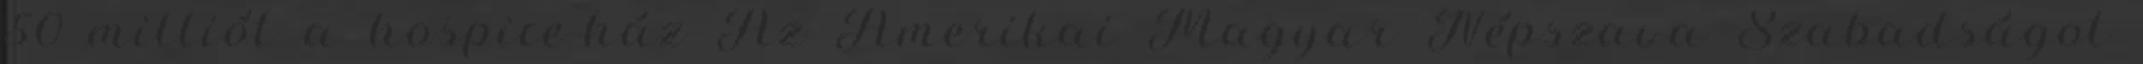
50 milliót a hospice-ház Az Amerikai Magyar Népszava Szabadságot